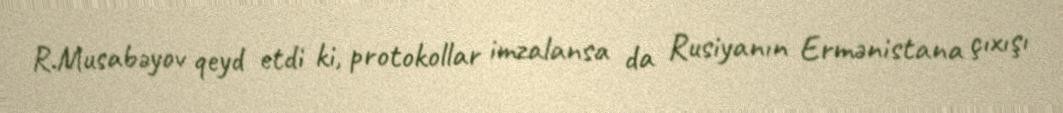
R.Musabəyov qeyd etdi ki, protokollar imzalansa da Rusiyanın Ermənistana çıxışı